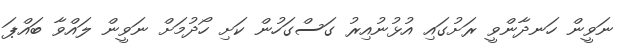
ނަވީން ހަނދާންވީ ރަށުގައި އުޅުނުއިރު ގަސްގަހުން ކަށި ހޯދުމަށް ނަވީން ލައްވާ ބައްޕަ